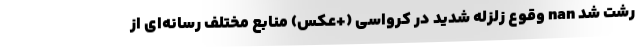
رشت شد nan وقوع زلزله شدید در کرواسی (+عکس) منابع مختلف رسانه‌ای از